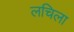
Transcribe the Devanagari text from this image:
लचिला